Burma Government Medical School reports 1923-41
Year: 1923
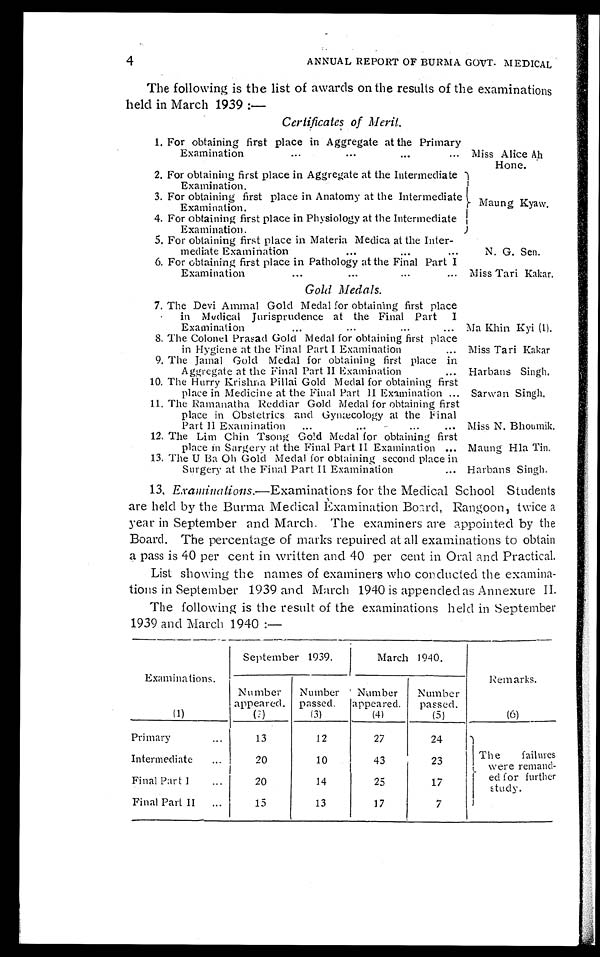
4
ANNUAL REPORT OF BURMA GOVT. MEDICAL
The following is the list of awards on the results of the examinations
held in March 1939:—
Certificates of Merit.
1. For obtaining first place in Aggregate at the Primary
Examination . . . Miss Alice Ah
Hone.
2. For obtaining first place in Aggregate at the Intermediate
Examination.
M a u n g K y a w .
3. For obtaining first place in Anatomy at the Intermediate
Examination.
4. For obtaining first place in Physiology at the Intermediate
Examination.
5. For obtaining first place in Materia Medica at the Inter -
mediate Examination . . .
N. G. Sen.
6. For obtaining first place in Pathology at the Final Part I
Examination . . . Miss Tari Kakar.
Gold Medals.
7 . The Devi Ammal Gold Medal for obtaining first place
in
Medical
Jurisprudence at the Final Part
I
Examination . . .
Ma Khin Kyi (1).
8. The Colonel Prasad Gold Medal for obtaining first place
in Hygiene at the Final Part I Examination . . .
Miss Tari Kakar
9. The Jamal Gold Medal for obtaining first place in
Aggregate at the Final Part II Examination . . .
Harbans Singh.
10. The Hurry Krishna Pillai Gold Medal for obtaining first
place in Medicine at the Final Part II Examination . . . Sarwan Singh.
11. The Ramanatha Reddiar Gold Medal for obtaining first
place in Obstetrics and Gynæcology at the Final
Part II Examination . . .
Miss N. Bhoumik.
12. The Lim Chin Tsong Gold Medal for obtaining first
place in Surgery at the Final Part II Examination . . .
Maung Hla Tin.
13. The U Ba Oh Gold Medal for obtaining second place in
Surgery at the Final Part II Examination . . .
Harbans Singh.
Examinations.— Examinations for the Medical School Students
are held by the Burma Medical Examination Board, Rangoon, twice a
year in September and March. The examiners are appointed by the
Board. The percentage of marks repuired at all examinations to obtain
a pass is 40 per cent in written and 40 per cent in Oral and Practical.
List showing the names of examiners who conducted the examina
-tions in September 1939 and March 1940 is appended as Annexure II.
The following is the result of the examinations held in September
1939 and March 1940:—
Examinations.
(1)
September 1939.
March 1940.
Remarks.
(6)
Number
appeared.
( 2 )
Number
passed.
(3)
Number
appeared.
(4)
Number
passed.
(5)
Primary . . .
13
12
27
24
The failures
were remand
-ed for further
study.
Intermediate . . .
20
10
43
23
Final Part I . . .
20
14
25
17
Final Part II . . .
15
13
17
7